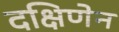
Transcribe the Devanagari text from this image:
दक्षिणेन